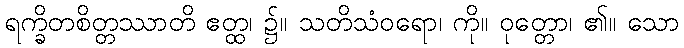
ရက္ခိတစိတ္တဿာတိ ဧတ္ထ၊ ၌။ သတိသံဝရော၊ ကို။ ဝုတ္တော၊ ၏။ သော